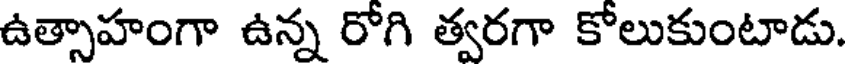
ఉత్సాహంగా ఉన్న రోగి త్వరగా కోలుకుంటాడు.